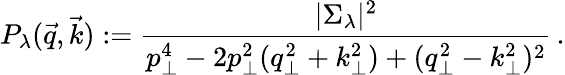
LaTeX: P_{\lambda}(\vec{q},\vec{k}):={\frac{|\Sigma_{\lambda}|^{2}}{p_{\perp}^{4}-2p_{\perp}^{2}(q_{\perp}^{2}+k_{\perp}^{2})+(q_{\perp}^{2}-k_{\perp}^{2})^{2}}}\, .